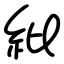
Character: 紕